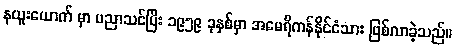
နယူးယောက် မှာ ပညာသင်ပြီး ၁၉၅၉ ခုနှစ်မှာ အမေရိကန်နိုင်ငံသား ဖြစ်လာခဲ့သည်။